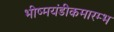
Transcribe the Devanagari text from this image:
भीष्मयंडीकमारम्भ